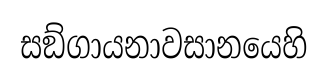
සඞ්ගායනාවසානයෙහි